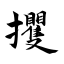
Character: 攫